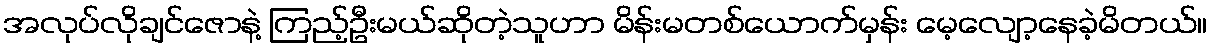
အလုပ်လိုချင်ဇောနဲ့ ကြည့်ဦးမယ်ဆိုတဲ့သူဟာ မိန်းမတစ်ယောက်မှန်း မေ့လျော့နေခဲ့မိတယ်။